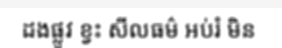
ដងផ្លូវ ខ្វះ សីលធម៌ អប់រំ មិន